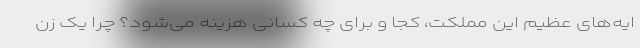
ایه‌های عظیم این مملکت، کجا و برای چه کسانی هزینه می‌شود؟ چرا یک زن